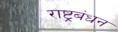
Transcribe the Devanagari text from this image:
राष्ट्रबंधन